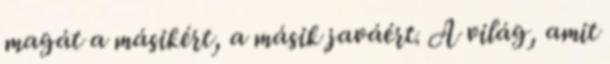
magát a másikért, a másik javáért. A világ, amit